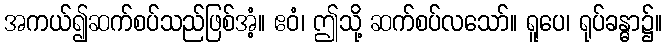
အကယ်၍ဆက်စပ်သည်ဖြစ်အံ့။ ဧဝံ၊ ဤသို့ ဆက်စပ်လသော်။ ရူပေ၊ ရုပ်ခန္ဓာ၌။